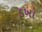
ડખો